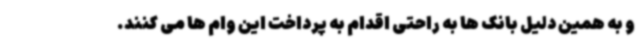
و به همین دلیل بانک ها به راحتی اقدام به پرداخت این وام ها می کنند.